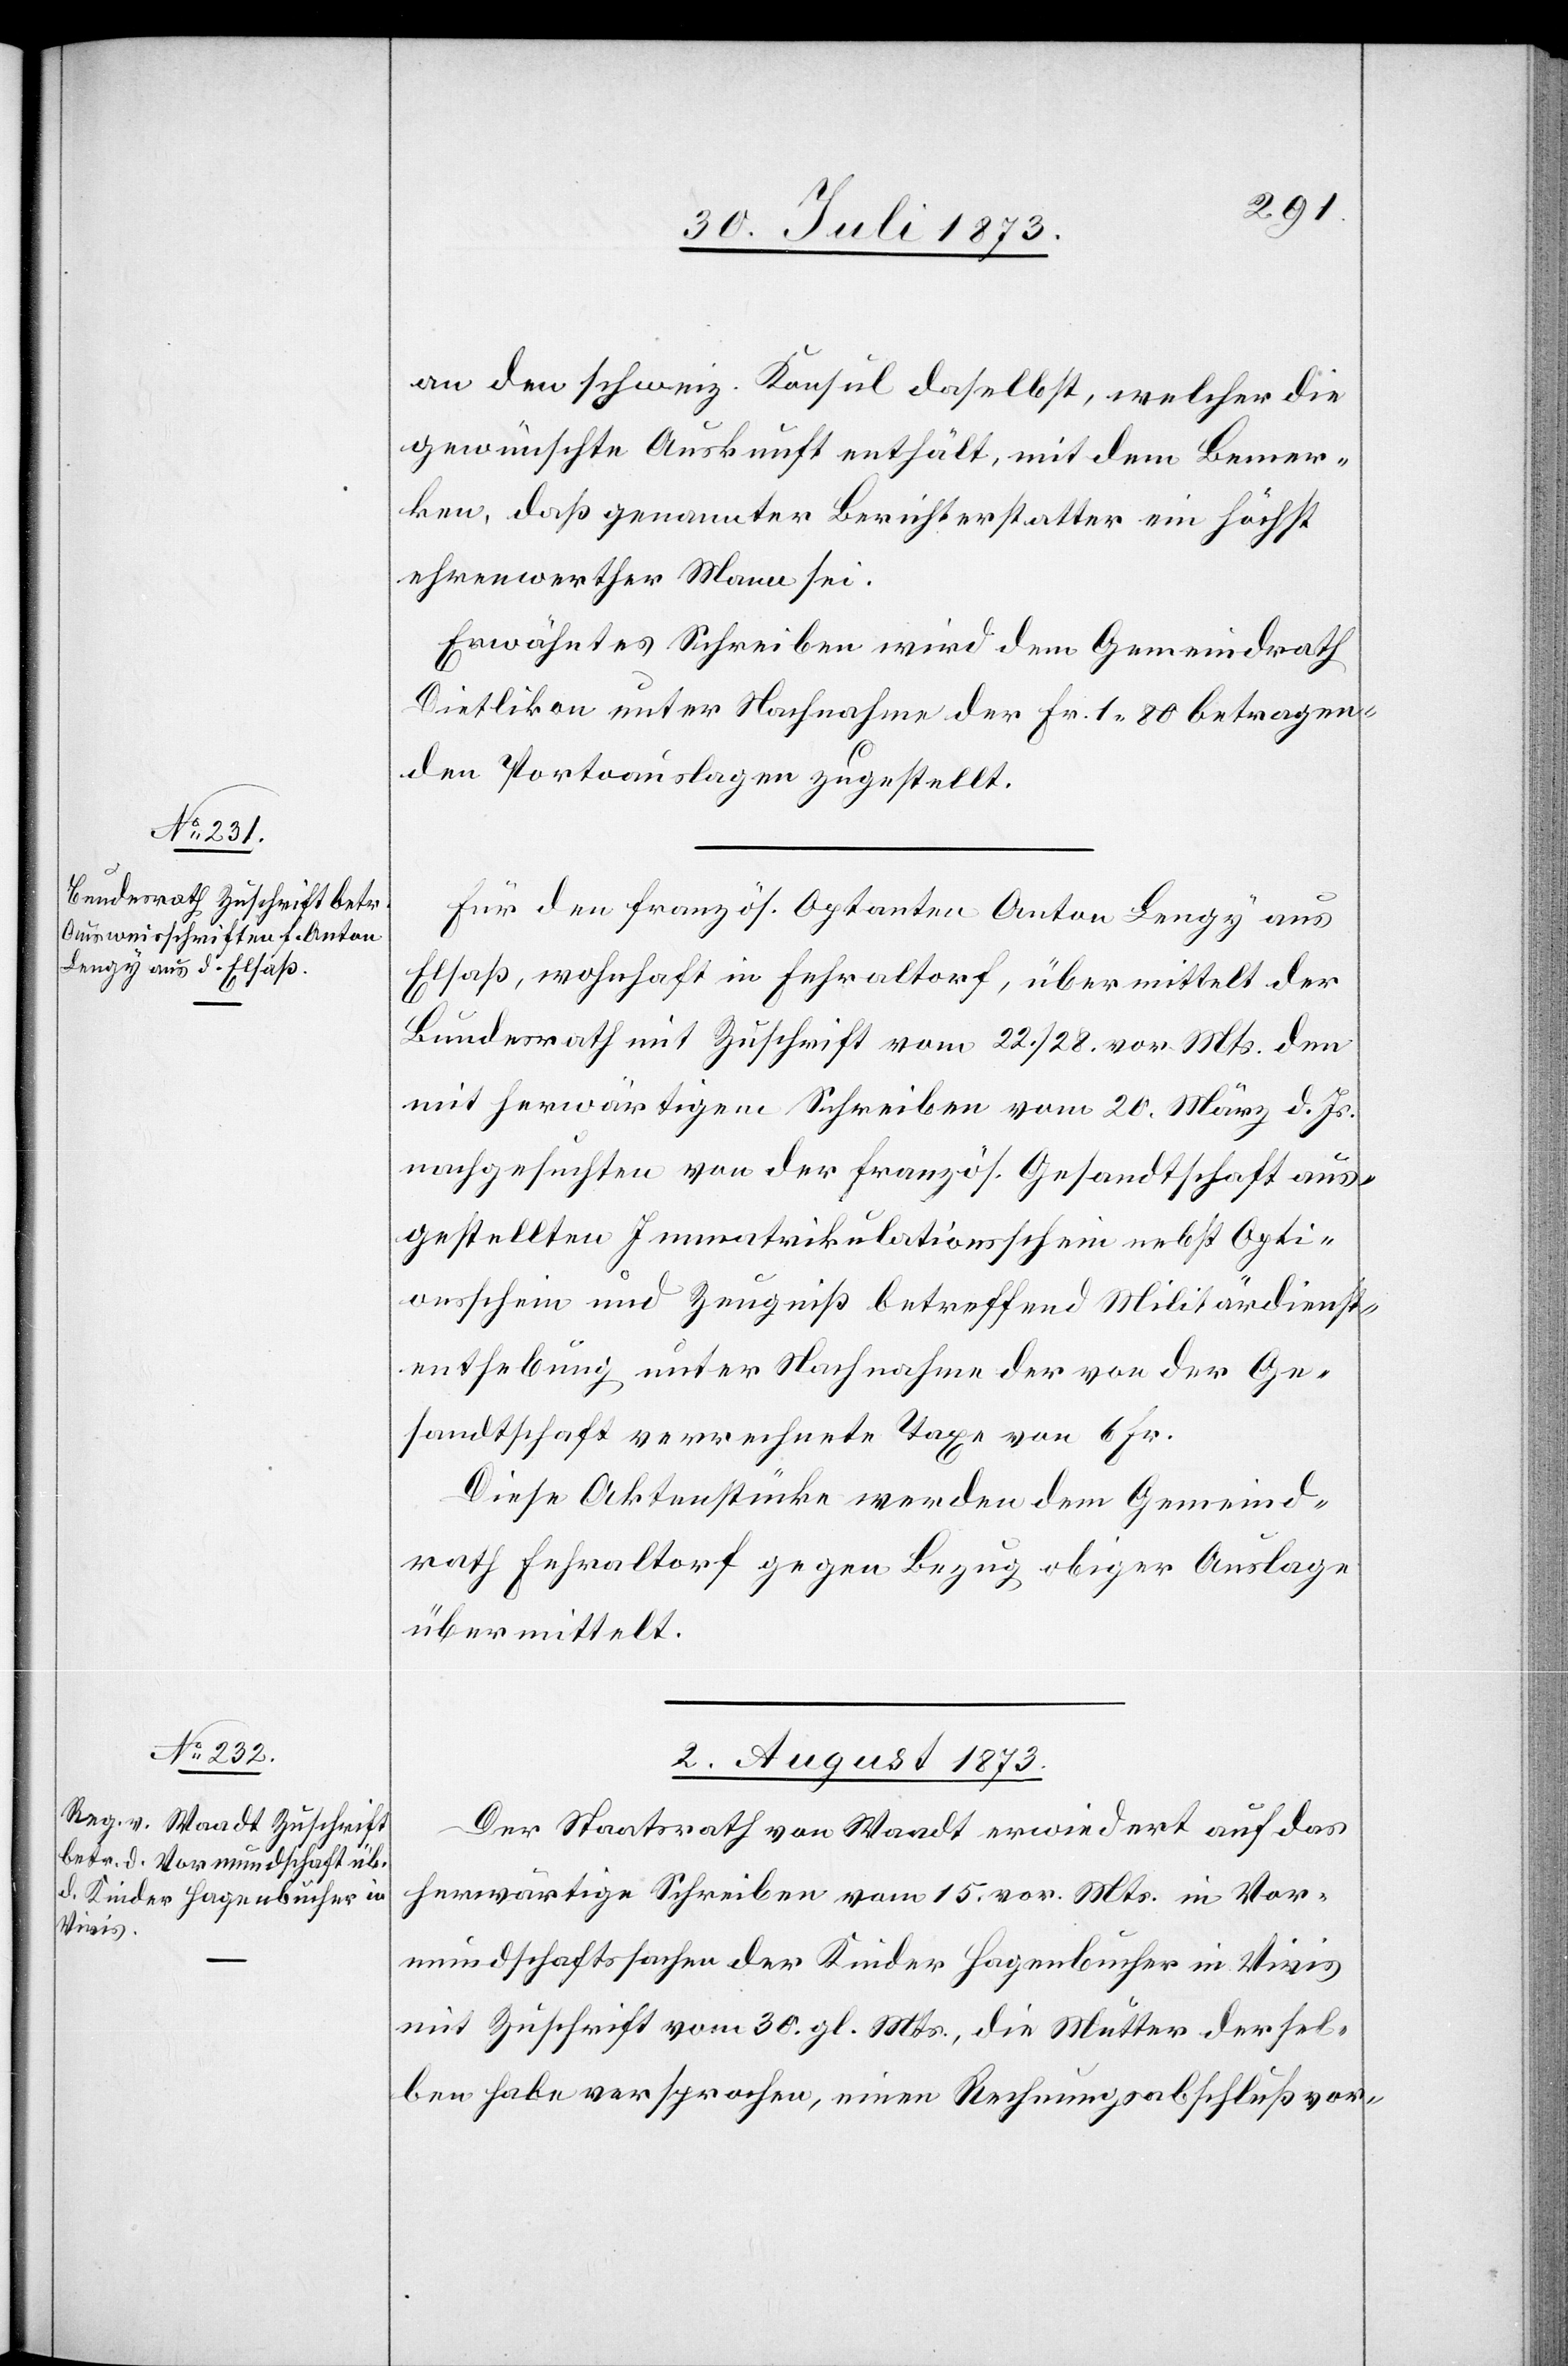
an den schweiz. Konsul daselbst, welcher die
gewünschte Auskunft enthält, mit dem Bemer¬
ken, daß genannter Berichterstatter ein höchst
ehrenwerther Mann sei.
Erwähntes Schreiben wird dem Gemeindrath
Dietlikon unter Nachnahme der Fr. 1 80 betragen¬
den Portoauslagen zugestellt.
Für den französ. Optanten Anton Lengy aus
Elsaß, wohnhaft in Fehraltorf, übermittelt der
Bundesrath mit Zuschrift vom 22./28. vor. Mts. den
mit herwärtigem Schreiben vom 20. März d. Js.
nachgesuchten von der französ. Gesandtschaft aus¬
gestellten Immatrikulationsschein nebst Opti¬
onsschein und Zeugniß betreffend Militärdienst¬
enthebung unter Nachnahme der von der Ge¬
sandtschaft verrechnete[n] Taxe von 6 Fr.
Diese Aktenstücke werden dem Gemeind¬
rath Fehraltorf gegen Bezug obiger Auslage
übermittelt.
2. August 1873.
Der Staatsrath von Waadt erwiedert auf das
herwärtige Schreiben vom 15. vor. Mts. in Vor¬
mundschaftssachen der Kinder Hagenbucher in Vivis
mit Zuschrift vom 30. gl. Mts., die Mutter dersel¬
ben habe versprochen, einen Rechnungsabschluß vor-